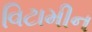
વિટામીન